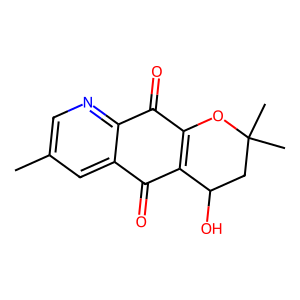
SMILES: Cc1cnc2c(c1)C(=O)C1=C(OC(C)(C)CC1O)C2=O
Inhibits HIV replication: No